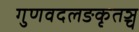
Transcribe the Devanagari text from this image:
गुणवदलङकृतञ्च